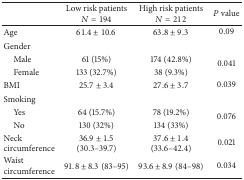
<table><thead><tr><td><b> </b></td><td><b>Low risk patients<i>N</i> = 194</b></td><td><b>High risk patients<i>N</i> = 212</b></td><td><b><i>P</i> value</b></td></tr></thead><tbody><tr><td>Age </td><td>61.4 ± 10.6</td><td>63.8 ± 9.3</td><td>0.09</td></tr><tr><td>Gender</td><td> </td><td> </td><td> </td></tr><tr><td> Male</td><td>61 (15%)</td><td>174 (42.8%)</td><td rowspan="2">0.041</td></tr><tr><td> Female</td><td>133 (32.7%)</td><td>38 (9.3%)</td></tr><tr><td>BMI</td><td>25.7 ± 3.4</td><td>27.6 ± 3.7</td><td>0.039</td></tr><tr><td>Smoking</td><td> </td><td> </td><td> </td></tr><tr><td> Yes</td><td>64 (15.7%)</td><td>78 (19.2%)</td><td rowspan="2">0.076</td></tr><tr><td> No</td><td>130 (32%)</td><td>134 (33%)</td></tr><tr><td>Neck circumference</td><td>36.9 ± 1.5 (30.3–39.7)</td><td>37.6 ± 1.4 (33.6–42.4)</td><td>0.021</td></tr><tr><td>Waist circumference</td><td>91.8 ± 8.3 (83–95)</td><td>93.6 ± 8.9 (84–98)</td><td>0.034</td></tr></tbody></table>